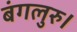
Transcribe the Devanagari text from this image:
बंगलुरु।